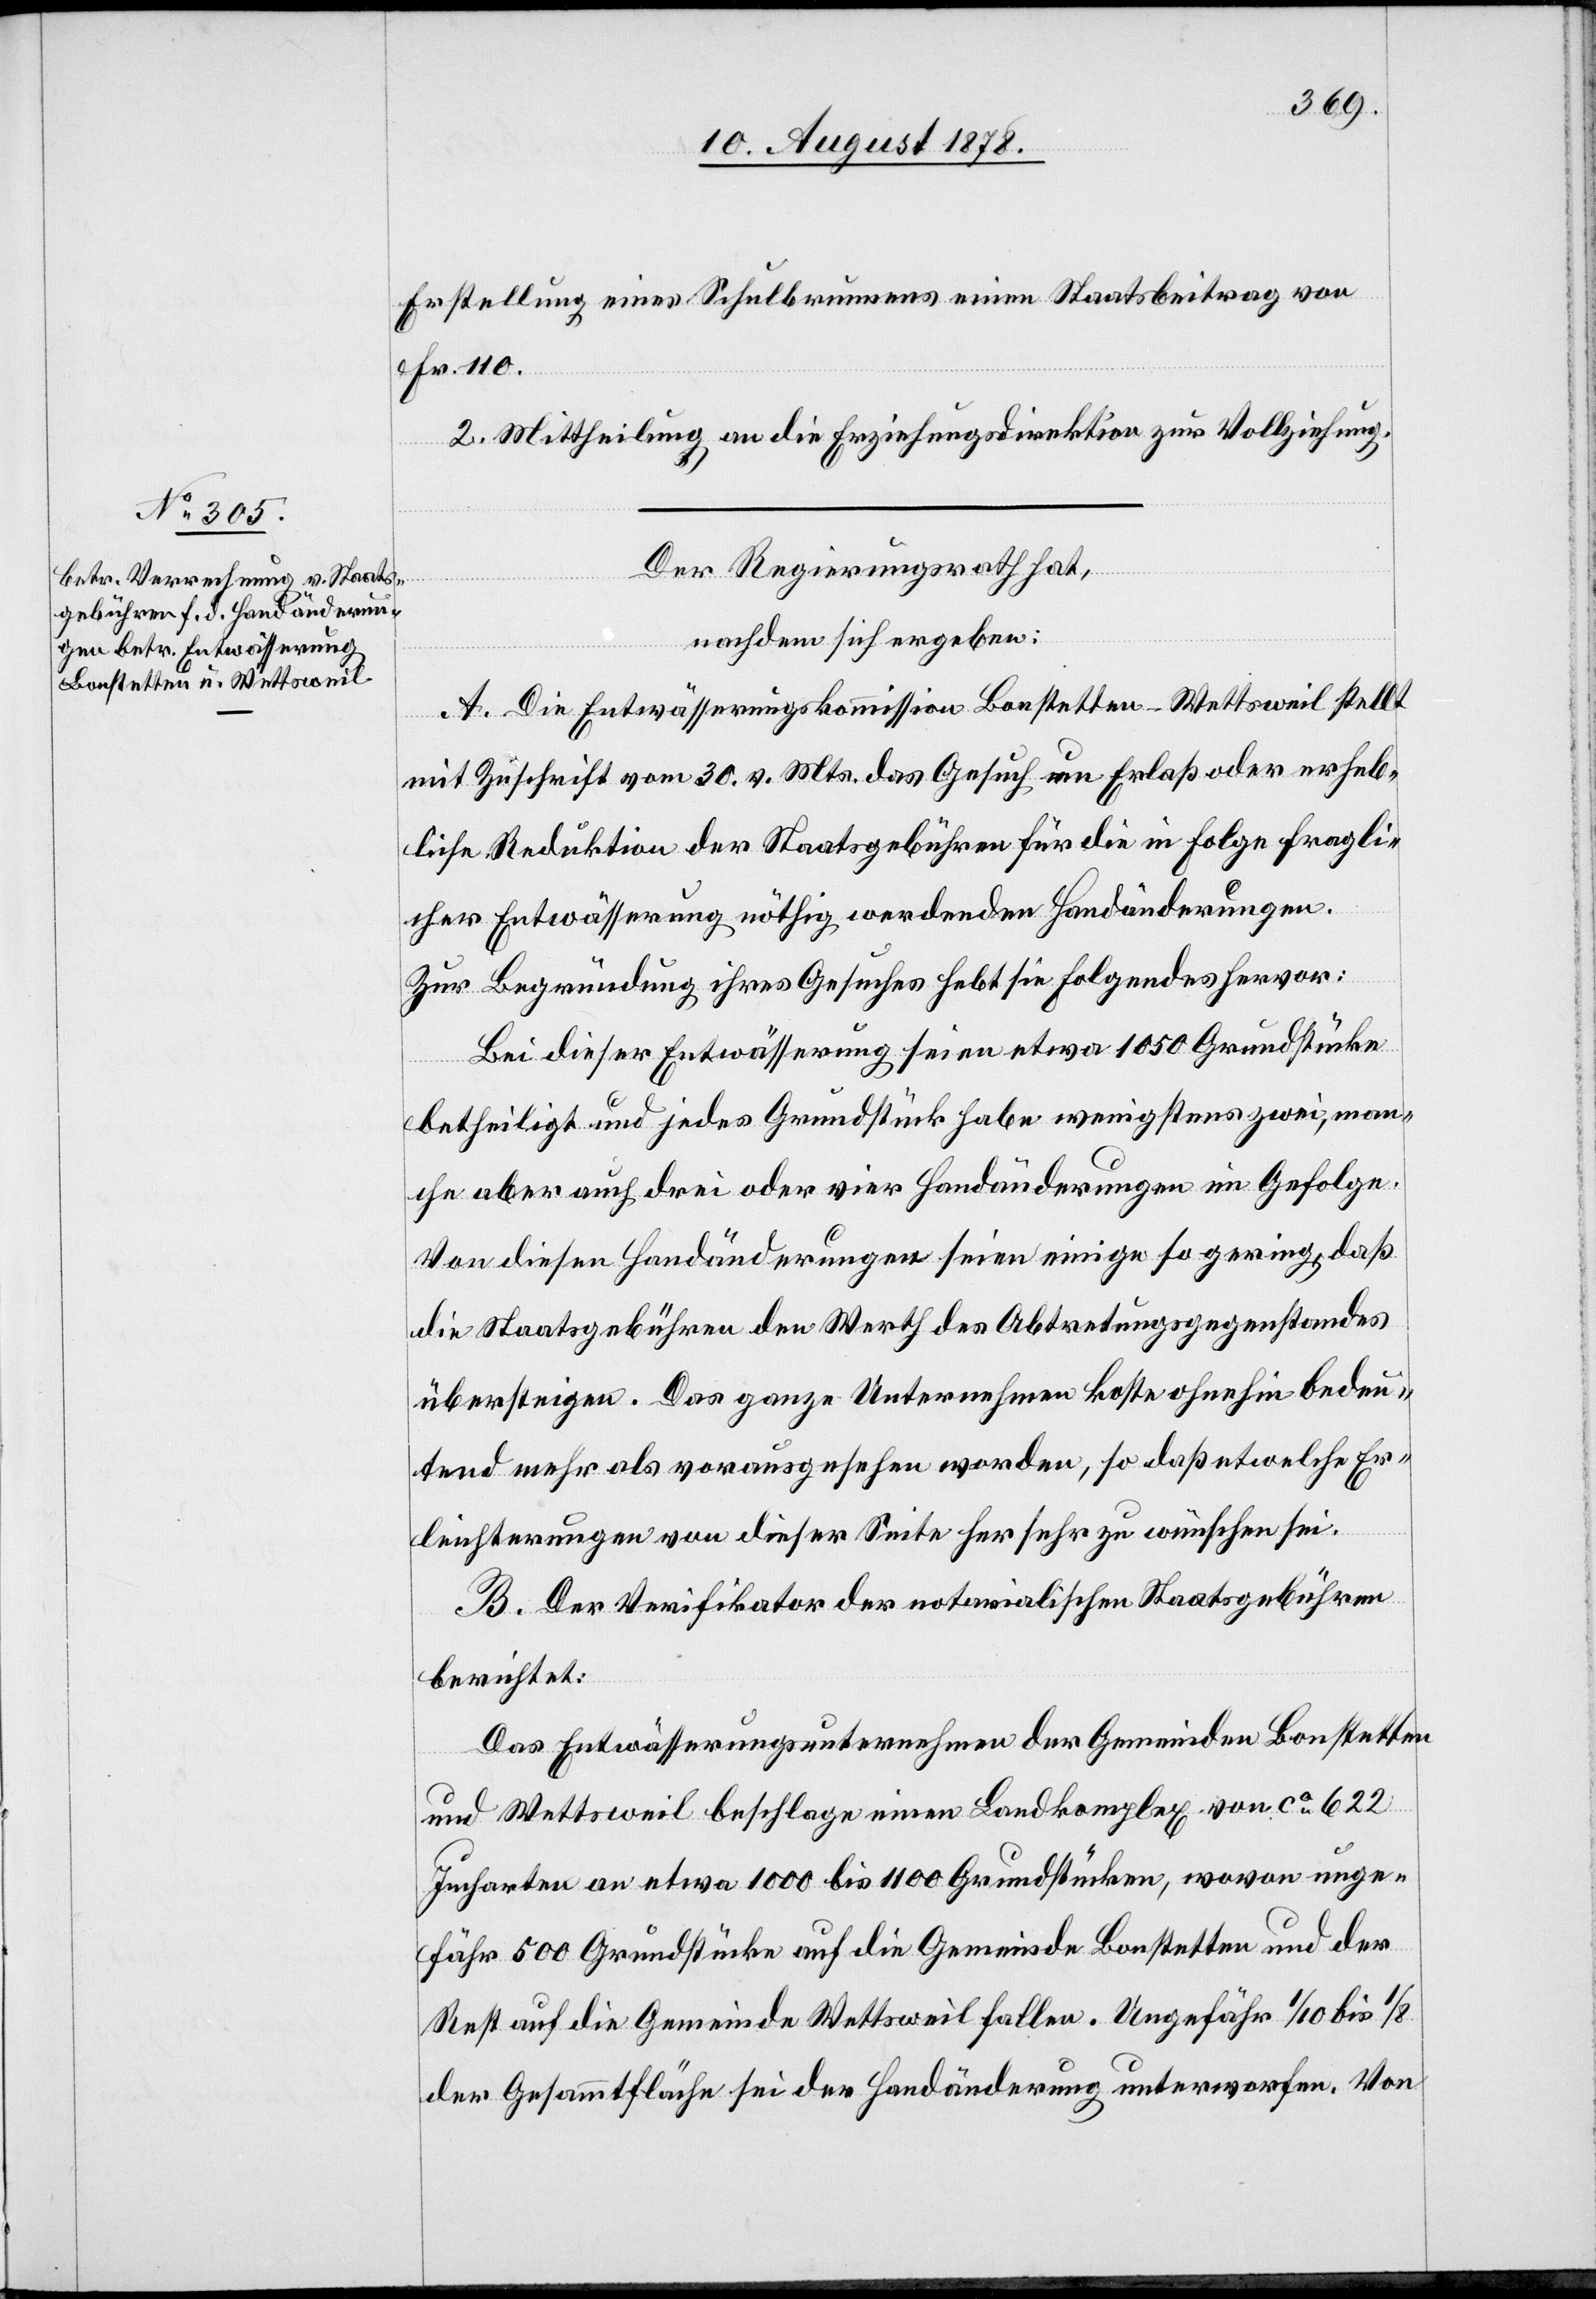
Erstellung eines Schulbrunnens einen Staatsbeitrag von
Fr. 110.
2. Mittheilung an die Erziehungsdirektion zur Vollziehung.
Der Regierungsrath hat,
nachdem sich ergeben:
A. Die Entwässerungskommission Bonstetten-Wettsweil stellt
mit Zuschrift vom 30. v. Mts. das Gesuch um Erlaß oder erheb¬
liche Reduktion der Staatsgebühren für die in Folge fragli¬
cher Entwässerung nöthig werdenden Handänderungen.
Zur Begründung ihres Gesuches hebt sie folgendes hervor:
Bei dieser Entwässerung seien etwa 1050 Grundstücke
betheiligt und jedes Grundstück habe wenigstens zwei, man¬
che aber auch drei oder vier Handänderungen im Gefolge.
Von diesen Handänderungen seien einige so gering, daß
die Staatsgebühren den Werth des Abtretungsgegenstandes
übersteigen. Das ganze Unternehmen koste ohnehin bedeu¬
tend mehr als vorausgesehen worden, so daß etwelche Er¬
leichterungen von dieser Seite her sehr zu wünschen sei[en].
B. Der Verifikator der notarialischen Staatsgebühren
berichtet:
Das Entwässerungsunternehmen der Gemeinden Bonstetten
und Wettsweil beschlage einen Landkomplex von ca 622
Jucharten an etwa 1000 bis 1100 Grundstücken, wovon unge¬
fähr 500 Grundstücke auf die Gemeinde Bonstetten und der
Rest auf die Gemeinde Wettsweil fallen. Ungefähr 1/10 bis 1/8
der Gesammtfläche sei der Handänderung unterworfen. Von